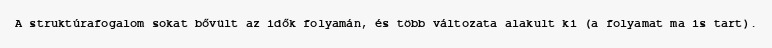
A struktúrafogalom sokat bővült az idők folyamán, és több változata alakult ki (a folyamat ma is tart).